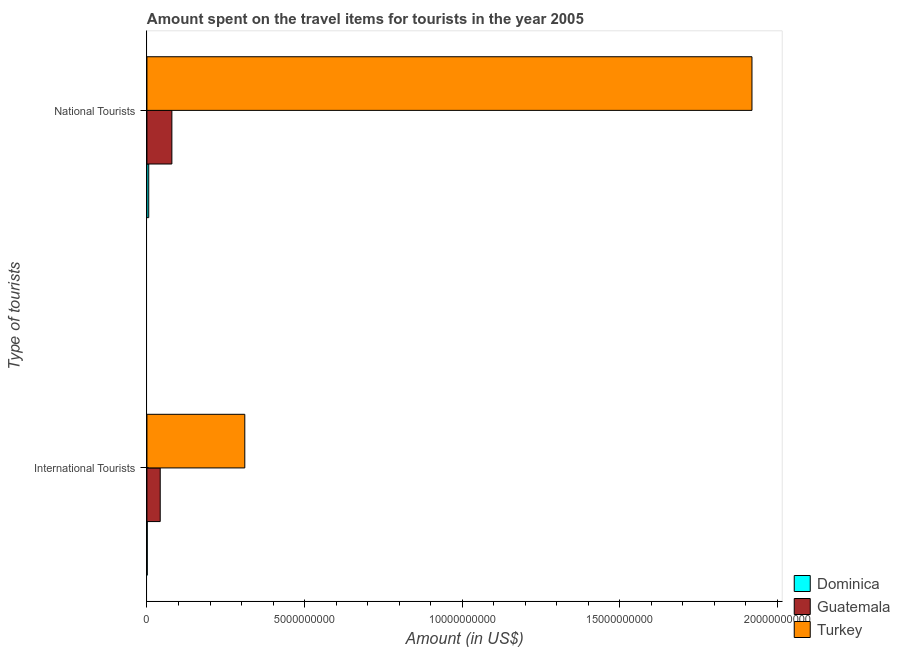
| Type of tourists | Dominica | Guatemala | Turkey |
 | --- | --- | --- | --- |
 | International Tourists | 1e+07 | 4.21e+08 | 3.1e+09 |
 | National Tourists | 5.7e+07 | 7.91e+08 | 1.92e+10 |